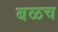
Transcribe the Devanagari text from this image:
बळच